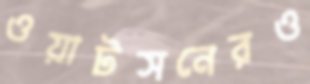
ওয়াটসনেরও